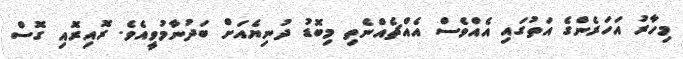
މިހާރު އަހަރެންގެ އަތުގައި އެއްވެސް އެއްޗެއްނެތި މިބޮޑު ދުނިޔެއަށް ބަދުނާމުވީއެވެ. ރޮއިރޮއި ގޮސް